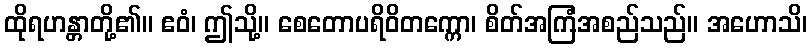
ထိုရဟန္တာတို့၏။ ဧဝံ၊ ဤသို့။ စေတောပရိဝိတက္ကော၊ စိတ်အကြံအစည်သည်။ အဟောသိ၊